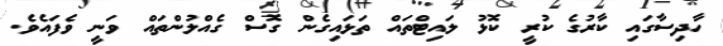
ހާދިސާގައި ކާރުގެ ކުރީ ކޮޅު ލައިޓްތައް ތަޅައިގެން ގޮސް ގެއްލުންތައް ވަނީ ވެފައެވެ.